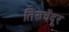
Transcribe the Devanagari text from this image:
तिरूचेंदूर